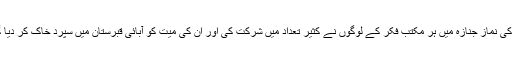
ان کی نماز جنازہ میں ہر مکتب فکر کے لوگوں نے کثیر تعداد میں شرکت کی اور ان کی میت کو آبائی قبرستان میں سپرد خاک کر دیا گیا۔